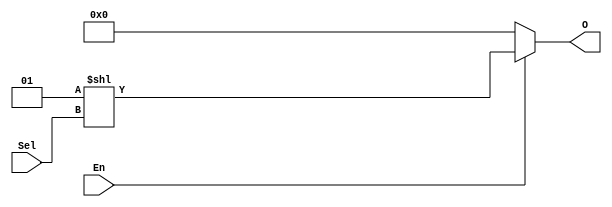
module SELECT_1_TO_N # ( parameter SEL_WIDTH=4, parameter OUTPUT_WIDTH=16 )
 (
 input wire [SEL_WIDTH-1:0] Sel,
 input wire  En,
 output wire [OUTPUT_WIDTH-1:0] O
 );
reg[OUTPUT_WIDTH-1:0] shift;
always @ ( * )
begin
	if (~En)
		shift = 1;
	else
		shift = (1 << 	Sel);
end
assign O = ( ~En ) ? 0 : shift ;
endmodule